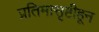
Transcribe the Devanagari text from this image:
प्रतिमासृष्टीहून